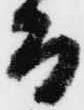
而